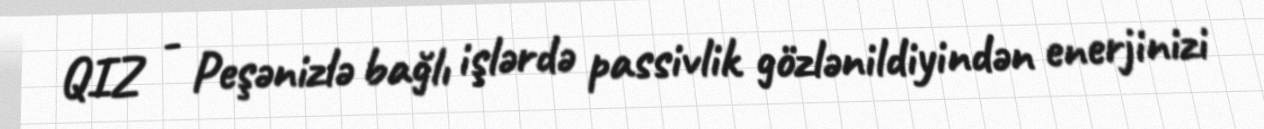
QIZ - Peşənizlə bağlı işlərdə passivlik gözlənildiyindən enerjinizi